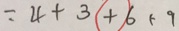
= 4 + 3 - 6 + 9